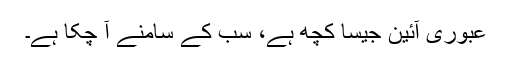
عبوری آئین جیسا کچھ ہے، سب کے سامنے آ چکا ہے۔